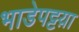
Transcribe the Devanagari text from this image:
भाडेपट्टय़ा